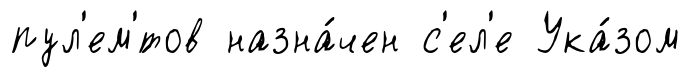
пул'ем'́тов назна́чен с'ел'е Ука́зом